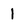
Character: 1